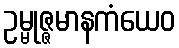
ဥမ္မုဇ္ဇမာနကံယေဝ